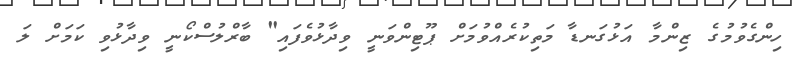
ހިންގެވުމުގެ ޒިންމާ އަޅުގަނޑާ މަތިކުރެއްވުމަށް ޕޫޓިންވަނީ ވިދާޅުވެފައި" ބާރްލުސްކޯނީ ވިދާޅުވި ކަމަށް ލަ